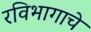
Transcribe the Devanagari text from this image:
रविभागाचे